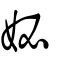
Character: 妼